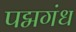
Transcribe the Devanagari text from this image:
पद्मगंध